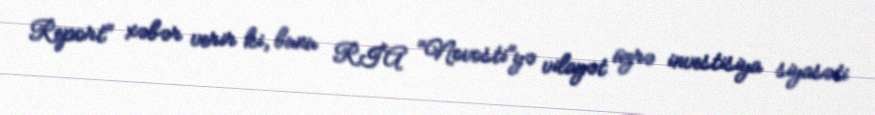
Report" xəbər verir ki, bunu RİA "Novosti"yə vilayət üzrə investisiya siyasəti